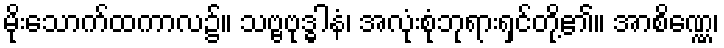
မိုးသောက်ထကာလ၌။ သဗ္ဗဗုဒ္ဓါနံ၊ အလုံးစုံဘုရားရှင်တို့၏။ အာစိဏ္ဏေ၊